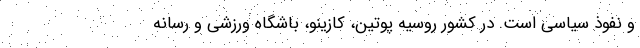
و نفوذ سیاسی است. در کشور روسیه پوتین، کازینو، باشگاه ورزشی و رسانه